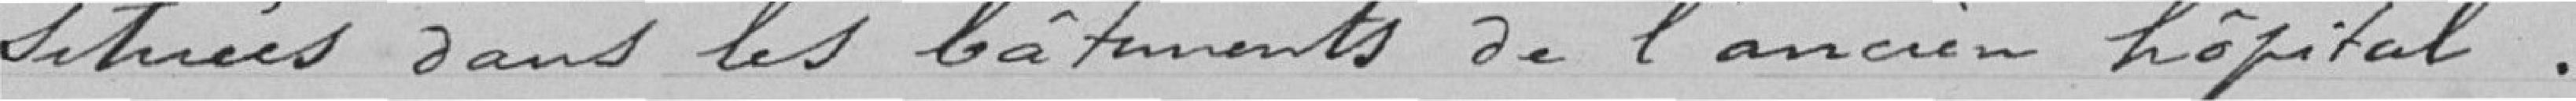
Situées dans les bâtiments de l'ancien hôpital .